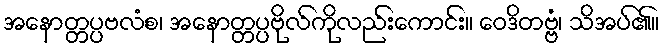
အနောတ္တပ္ပဗလံစ၊ အနောတ္တပ္ပဗိုလ်ကိုလည်းကောင်း။ ဝေဒိတဗ္ဗံ၊ သိအပ်၏။